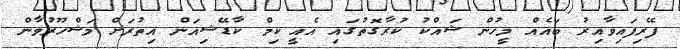
ފޭރިފައިވާއިރު ބައެއް މީހުން ޝައްކު ކުރާގޮތުގައި އެއީ ކިމް ކާޑޭޝިއަން އިތުރަށް މަޝްހޫރުވާން